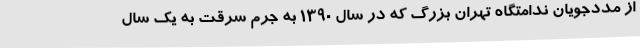
از مددجویان ندامتگاه تهران بزرگ که در سال ۱۳۹۰ به جرم سرقت به یک سال